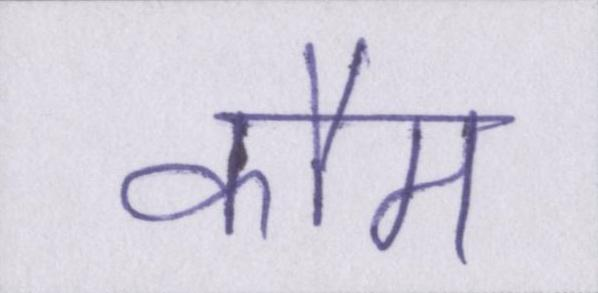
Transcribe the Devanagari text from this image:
कौम